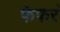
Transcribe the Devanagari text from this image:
फेफरं